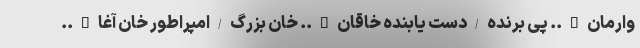
وارمان….. پی برنده/دست یابنده خاقان….. خان بزرگ/امپراطور خان آغا…..